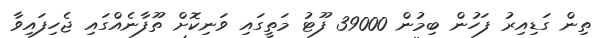
ތިން ގަޑިއިރު ފަހުން ބިމުން 39000 ފޫޓު މަތީގައި ވަނިކޮށް ތޫފާނެއްގައި ޖެހިފައިވާ